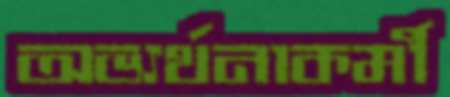
অভ্যর্থনাকর্মী